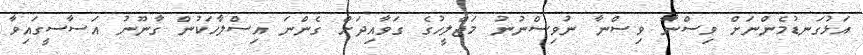
އަޅުގަނޑުމެންނަށް ވިސްނާ ވިސްނާ ނުވިސްނުނު މަޖްލީހުގެ ގަވާއިދަށް ގެންނަ އިސްލާހަކުން ގާނޫނު އަސާސީގައިވާ